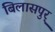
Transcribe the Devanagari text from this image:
बिलासपुर्